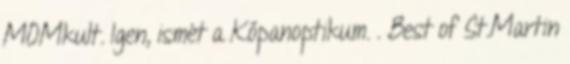
MOMkult. Igen, ismét a Kőpanoptikum. . Best of St.Martin